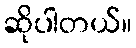
ဆိုပါတယ်။